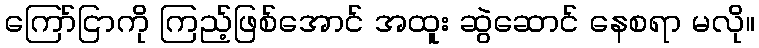
ကြော်ငြာကို ကြည့်ဖြစ်အောင် အထူး ဆွဲဆောင် နေစရာ မလို။